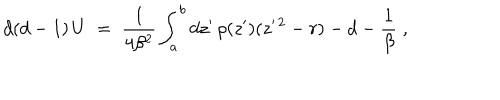
LaTeX: d ( d - 1 ) \, U \; = \; { \frac { 1 } { 4 \beta ^ { 2 } } } \int _ { a } ^ { b } d z ^ { \prime } \, \rho ( z ^ { \prime } ) ( z ^ { \prime \, 2 } - r ) - d - { \frac { 1 } { \beta } } \; ,